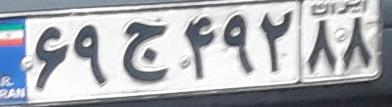
۶۹ج۴۹۲۸۸